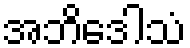
အဘိဒေါသံ